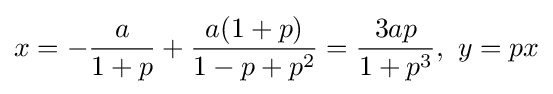
x=-{\frac {a}{1+p}}+{\frac {a(1+p)}{1-p+p^{2}}}={\frac {3ap}{1+p^{3}}},\ y=px